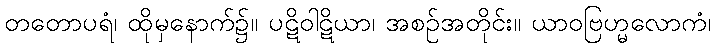
တတောပရံ၊ ထိုမှနောက်၌။ ပဋိဝါဋိယာ၊ အစဉ်အတိုင်း။ ယာဝဗြဟ္မလောကံ၊